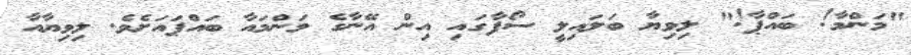
"މަންމާ! ބައްޕާ!" ލިވިޔާ ބަލައިލީ ސޯފާގައި އިން އޭނާގެ މަންމައާ ބައްޕައަށެވެ. ލިވިޔާއާ